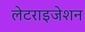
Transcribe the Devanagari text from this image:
लेटराइजेशन